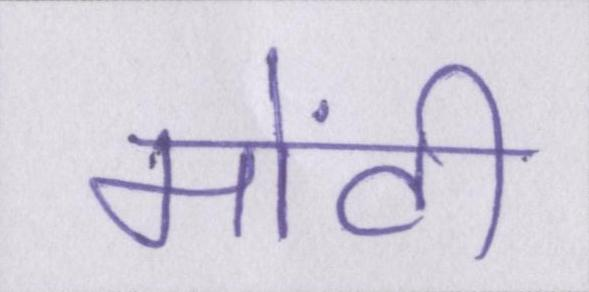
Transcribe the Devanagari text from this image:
मोंटी